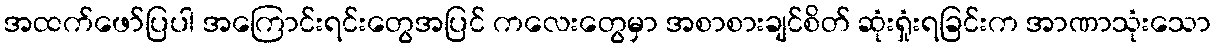
အထက်ဖော်ပြပါ အကြောင်းရင်းတွေအပြင် ကလေးတွေမှာ အစာစားချင်စိတ် ဆုံးရှုံးရခြင်းက အာဏာသုံးသော